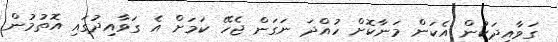
ގަވާއިދަކުން އެކަން މަނާކޮށް ހުއްދަ ނަގަން ޖެހޭ ކަމަށް އެ ގަވާއިދުގައި އޮތުމުން